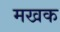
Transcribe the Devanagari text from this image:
मखक